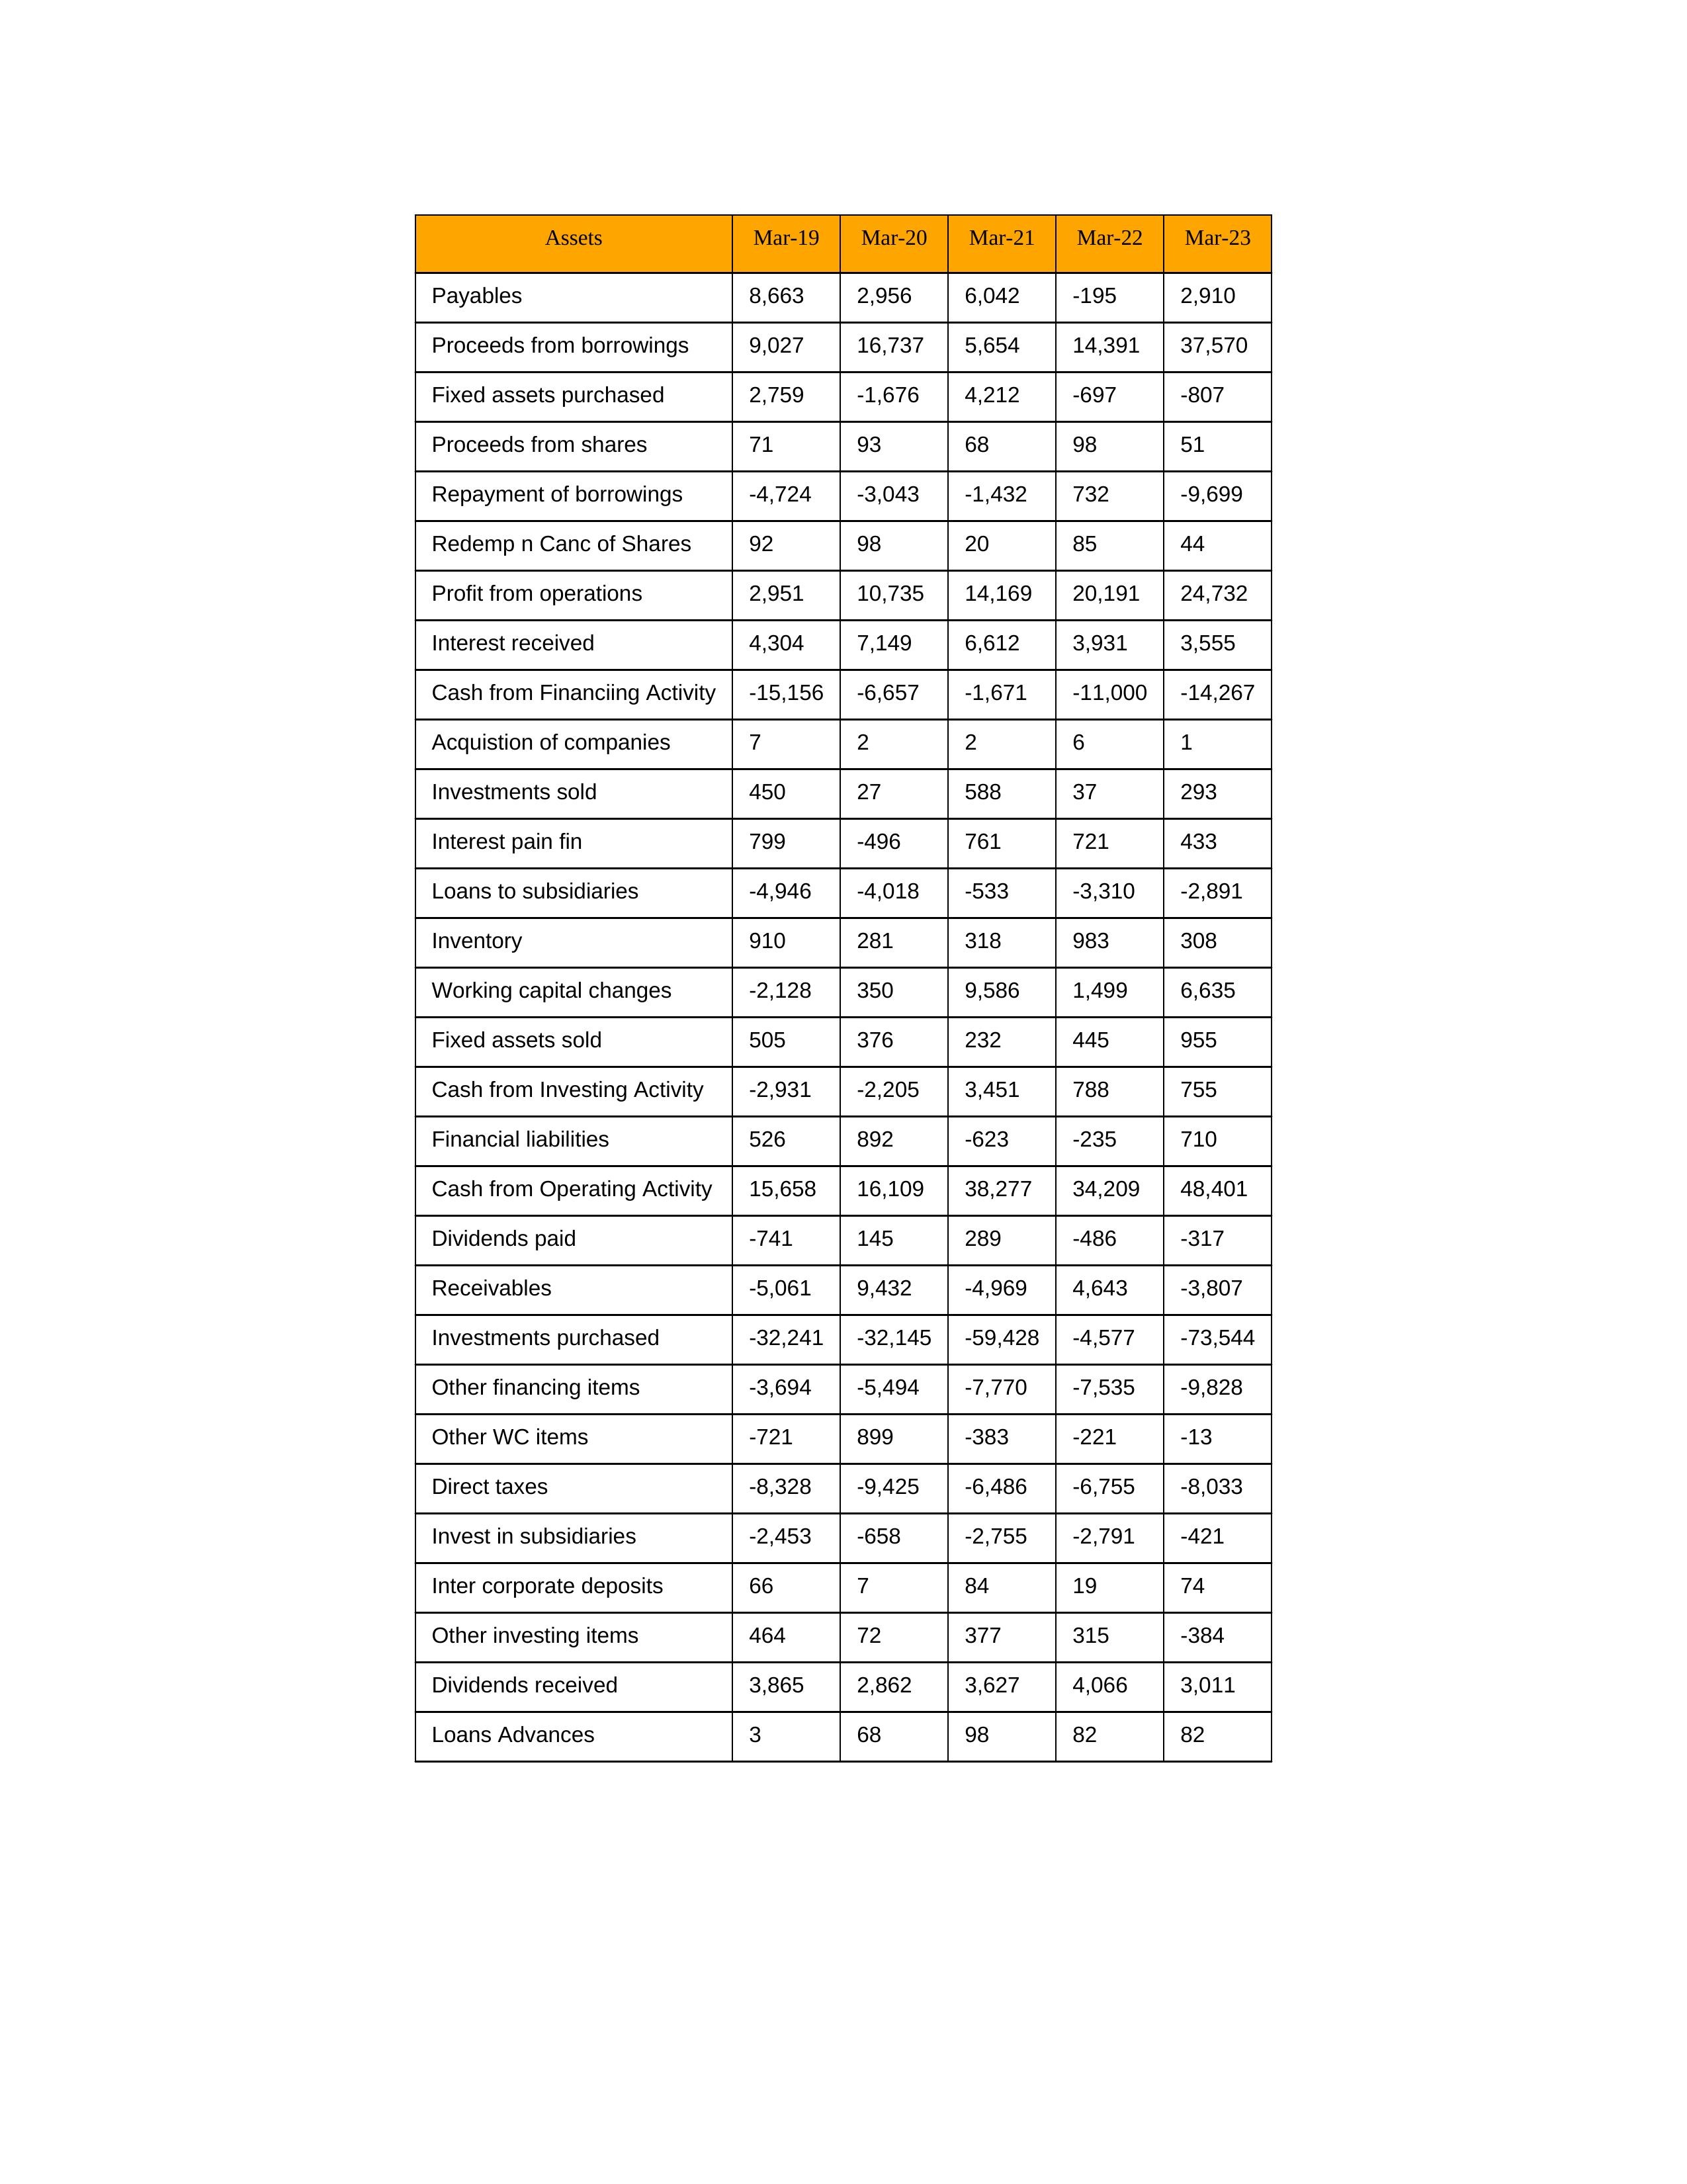
gt_parse: Mar-19: Cash from Operating Activity: 15,658
Profit from operations: 2,951
Receivables: -5,061
Inventory: 910
Payables: 8,663
Loans Advances: 3
Other WC items: -721
Working capital changes: -2,128
Direct taxes: -8,328
Cash from Investing Activity: -2,931
Fixed assets purchased: 2,759
Fixed assets sold: 505
Investments purchased: -32,241
Investments sold: 450
Interest received: 4,304
Dividends received: 3,865
Invest in subsidiaries: -2,453
Loans to subsidiaries: -4,946
Redemp n Canc of Shares: 92
Acquistion of companies: 7
Inter corporate deposits: 66
Other investing items: 464
Cash from Financiing Activity: -15,156
Proceeds from shares: 71
Proceeds from borrowings: 9,027
Repayment of borrowings: -4,724
Interest pain fin: 799
Dividends paid: -741
Financial liabilities: 526
Other financing items: -3,694
Mar-20: Cash from Operating Activity: 16,109
Profit from operations: 10,735
Receivables: 9,432
Inventory: 281
Payables: 2,956
Loans Advances: 68
Other WC items: 899
Working capital changes: 350
Direct taxes: -9,425
Cash from Investing Activity: -2,205
Fixed assets purchased: -1,676
Fixed assets sold: 376
Investments purchased: -32,145
Investments sold: 27
Interest received: 7,149
Dividends received: 2,862
Invest in subsidiaries: -658
Loans to subsidiaries: -4,018
Redemp n Canc of Shares: 98
Acquistion of companies: 2
Inter corporate deposits: 7
Other investing items: 72
Cash from Financiing Activity: -6,657
Proceeds from shares: 93
Proceeds from borrowings: 16,737
Repayment of borrowings: -3,043
Interest pain fin: -496
Dividends paid: 145
Financial liabilities: 892
Other financing items: -5,494
Mar-21: Cash from Operating Activity: 38,277
Profit from operations: 14,169
Receivables: -4,969
Inventory: 318
Payables: 6,042
Loans Advances: 98
Other WC items: -383
Working capital changes: 9,586
Direct taxes: -6,486
Cash from Investing Activity: 3,451
Fixed assets purchased: 4,212
Fixed assets sold: 232
Investments purchased: -59,428
Investments sold: 588
Interest received: 6,612
Dividends received: 3,627
Invest in subsidiaries: -2,755
Loans to subsidiaries: -533
Redemp n Canc of Shares: 20
Acquistion of companies: 2
Inter corporate deposits: 84
Other investing items: 377
Cash from Financiing Activity: -1,671
Proceeds from shares: 68
Proceeds from borrowings: 5,654
Repayment of borrowings: -1,432
Interest pain fin: 761
Dividends paid: 289
Financial liabilities: -623
Other financing items: -7,770
Mar-22: Cash from Operating Activity: 34,209
Profit from operations: 20,191
Receivables: 4,643
Inventory: 983
Payables: -195
Loans Advances: 82
Other WC items: -221
Working capital changes: 1,499
Direct taxes: -6,755
Cash from Investing Activity: 788
Fixed assets purchased: -697
Fixed assets sold: 445
Investments purchased: -4,577
Investments sold: 37
Interest received: 3,931
Dividends received: 4,066
Invest in subsidiaries: -2,791
Loans to subsidiaries: -3,310
Redemp n Canc of Shares: 85
Acquistion of companies: 6
Inter corporate deposits: 19
Other investing items: 315
Cash from Financiing Activity: -11,000
Proceeds from shares: 98
Proceeds from borrowings: 14,391
Repayment of borrowings: 732
Interest pain fin: 721
Dividends paid: -486
Financial liabilities: -235
Other financing items: -7,535
Mar-23: Cash from Operating Activity: 48,401
Profit from operations: 24,732
Receivables: -3,807
Inventory: 308
Payables: 2,910
Loans Advances: 82
Other WC items: -13
Working capital changes: 6,635
Direct taxes: -8,033
Cash from Investing Activity: 755
Fixed assets purchased: -807
Fixed assets sold: 955
Investments purchased: -73,544
Investments sold: 293
Interest received: 3,555
Dividends received: 3,011
Invest in subsidiaries: -421
Loans to subsidiaries: -2,891
Redemp n Canc of Shares: 44
Acquistion of companies: 1
Inter corporate deposits: 74
Other investing items: -384
Cash from Financiing Activity: -14,267
Proceeds from shares: 51
Proceeds from borrowings: 37,570
Repayment of borrowings: -9,699
Interest pain fin: 433
Dividends paid: -317
Financial liabilities: 710
Other financing items: -9,828